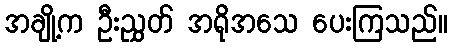
အချို့က ဦးညွှတ် အရိုအသေ ပေးကြသည်။